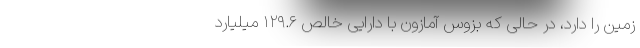
زمین را دارد، در حالی که بزوس آمازون با دارایی خالص ۱۲۹.۶ میلیارد